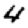
Digit: 4